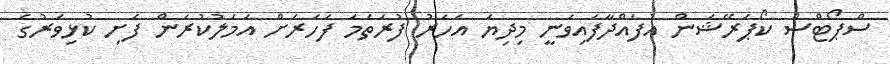
ސްޕޯޓްސް ކޯޕަރޭޝަން އުފައްދާފައިވަނީ މިދިޔަ އަހަރު ފުރަތަމަ ފަހަރަށް އަމަލުކުރަން ފެށި ކުޅިވަރުގެ